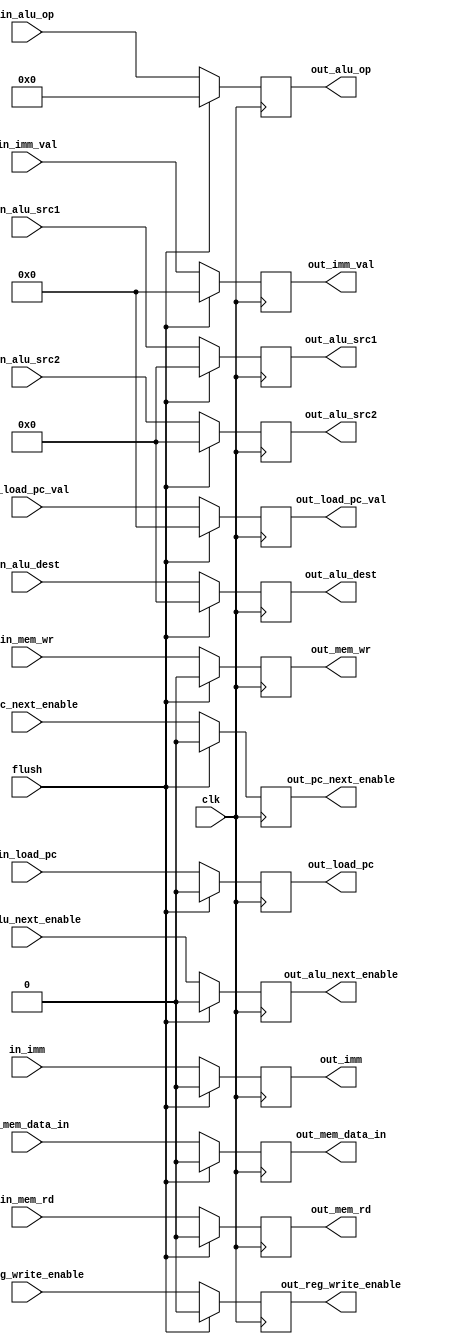
module control_register(
    //Inputs
    input clk,
    input flush,
    input [3:0]       in_alu_op,
    input [4:0]       in_alu_src1,
    input [4:0]       in_alu_src2,
    input [4:0]       in_alu_dest,

    input             in_reg_write_enable,
    input             in_imm,
    input [31:0]      in_imm_val,

    //Branching specific output
    input             in_load_pc,
    input [31:0]      in_load_pc_val,

    //Read or write memory
    input             in_mem_rd,
    input             in_mem_wr,
    input             in_mem_data_in,

    //Program counter (for CALL/RET)
    input             in_pc_next_enable,
    input             in_alu_next_enable,
    
    //Outputs
    output reg [3:0]  out_alu_op,
    output reg [4:0]  out_alu_src1,
    output reg [4:0]  out_alu_src2,
    output reg [4:0]  out_alu_dest,

    output reg        out_reg_write_enable,
    output reg        out_imm,
    output reg [31:0] out_imm_val,

    //Branching specific output
    output reg        out_load_pc,
    output reg [31:0] out_load_pc_val,

    //Read or write memory
    output reg        out_mem_rd,
    output reg        out_mem_wr,
    output reg        out_mem_data_in,

    //Program counter (for CALL/RET)
    output reg        out_pc_next_enable,
    output reg        out_alu_next_enable
);

//** Design first, will include into CPU later **

always @(posedge clk) begin
    out_alu_op           <= flush ? 4'b0  : in_alu_op;
    out_alu_src1         <= flush ? 5'b0  : in_alu_src1;
    out_alu_src2         <= flush ? 5'b0  : in_alu_src2;
    out_alu_dest         <= flush ? 5'b0  : in_alu_dest;
    out_reg_write_enable <= flush ? 1'b0  : in_reg_write_enable;
    out_imm              <= flush ? 1'b0  : in_imm;
    out_imm_val          <= flush ? 32'b0 : in_imm_val;
    out_load_pc          <= flush ? 1'b0  : in_load_pc;
    out_load_pc_val      <= flush ? 32'b0 : in_load_pc_val;
    out_mem_rd           <= flush ? 1'b0  : in_mem_rd;
    out_mem_wr           <= flush ? 1'b0  : in_mem_wr;
    out_mem_data_in      <= flush ? 1'b0  : in_mem_data_in;
    out_pc_next_enable   <= flush ? 1'b0  : in_pc_next_enable;
    out_alu_next_enable  <= flush ? 1'b0  : in_alu_next_enable;
end


endmodule